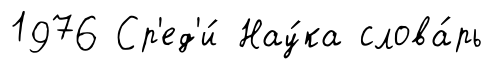
1976 Ср'ед'и́ Нау́ка слова́рь